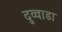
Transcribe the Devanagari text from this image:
दुव्वाडा